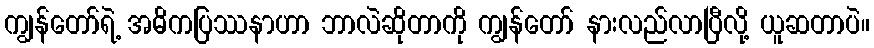
ကျွန်တော်ရဲ့ အဓိကပြဿနာဟာ ဘာလဲဆိုတာကို ကျွန်တော် နားလည်လာပြီလို့ ယူဆတာပဲ။